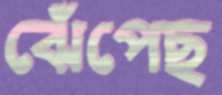
ঝেঁপেছ